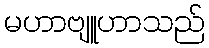
မဟာဗျူဟာသည်